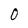
Character: 0